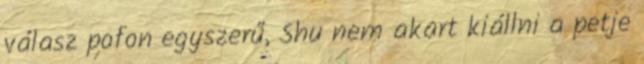
válasz pofon egyszerű, Shu nem akart kiállni a petje